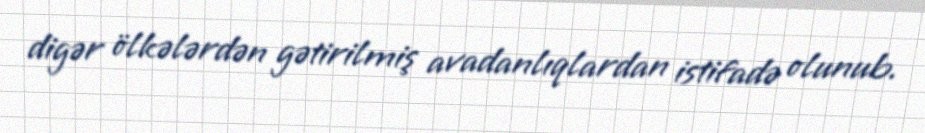
digər ölkələrdən gətirilmiş avadanlıqlardan istifadə olunub.